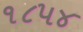
૧૮૫૪